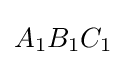
A_{1}B_{1}C_{1}